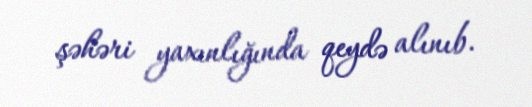
şəhəri yaxınlığında qeydə alınıb.